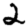
Digit: 2